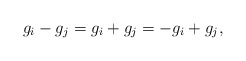
\begin{align*}g_i-g_j=g_i+g_j=-g_i+g_j,\end{align*}